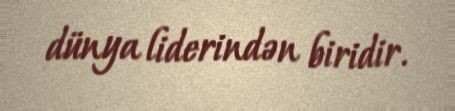
dünya liderindən biridir.